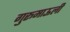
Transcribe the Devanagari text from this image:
गुरूमाऊली